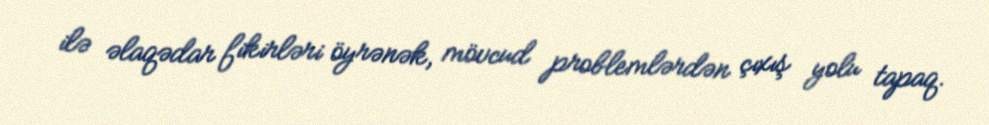
ilə əlaqədar fikirləri öyrənək, mövcud problemlərdən çıxış yolu tapaq.